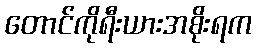
တောင်ကိုရီးယားအစိုးရက